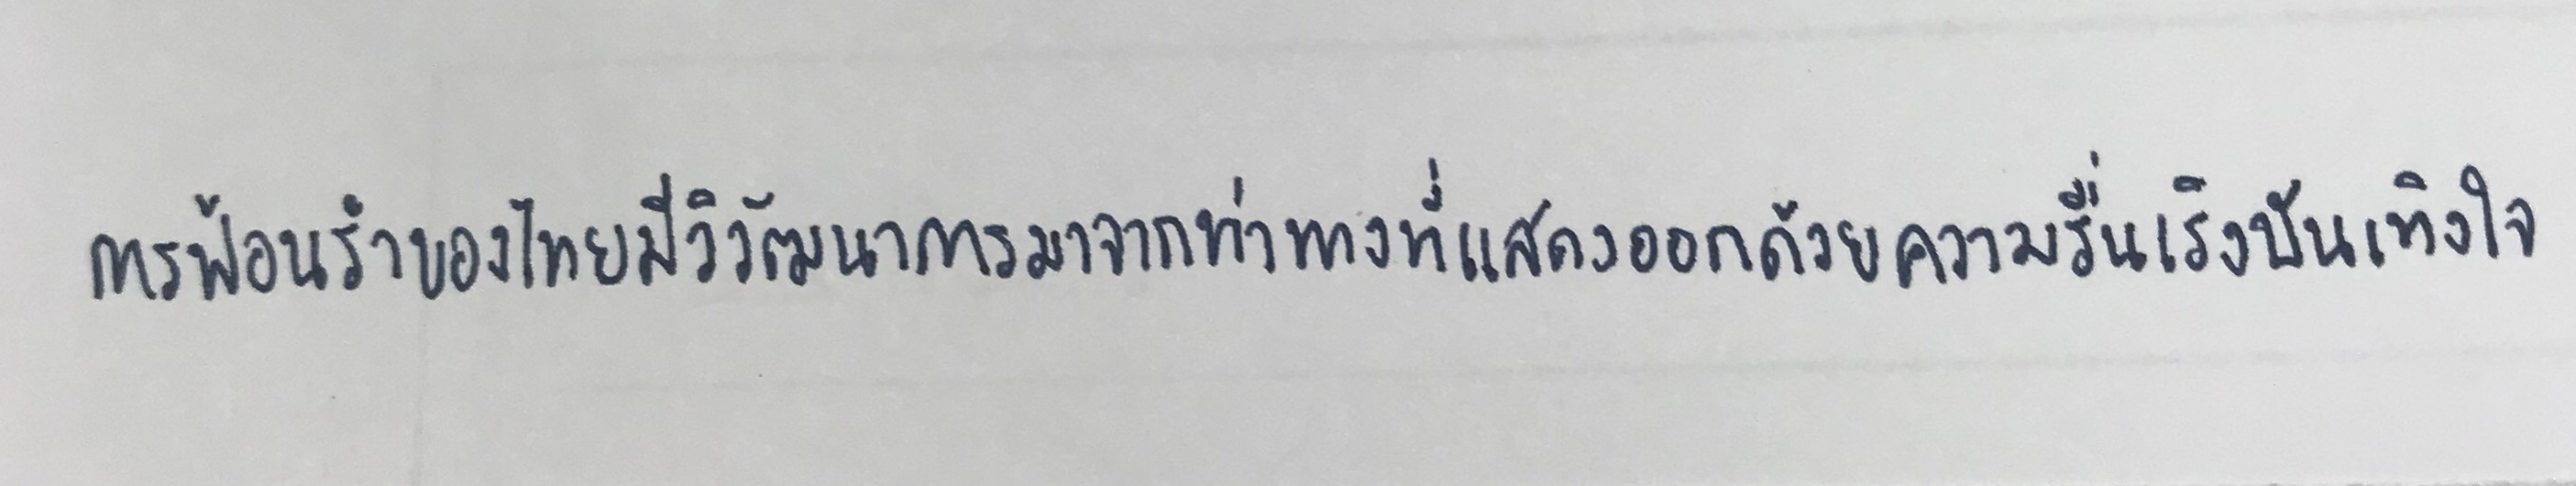
การฟ้อนรำของไทยมีวิวัฒนาการมาจากท่าทางที่แสดงออกด้วยความรื่นเริงบันเทิงใจ